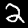
Digit: 2